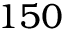
1 5 0